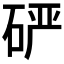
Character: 𰦾